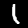
Label: 1